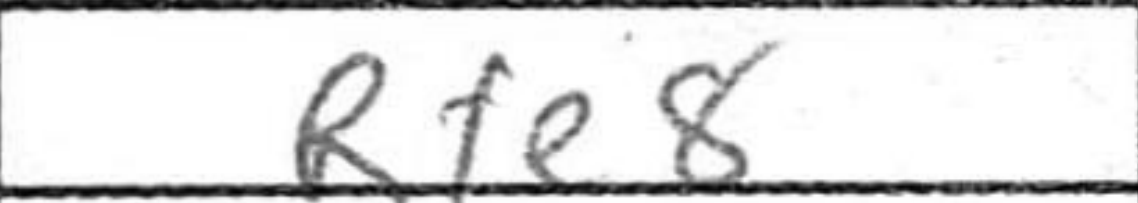
Transcription: Rfe8